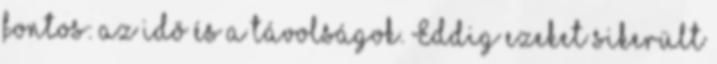
fontos: az idõ és a távolságok. Eddig ezeket sikerült